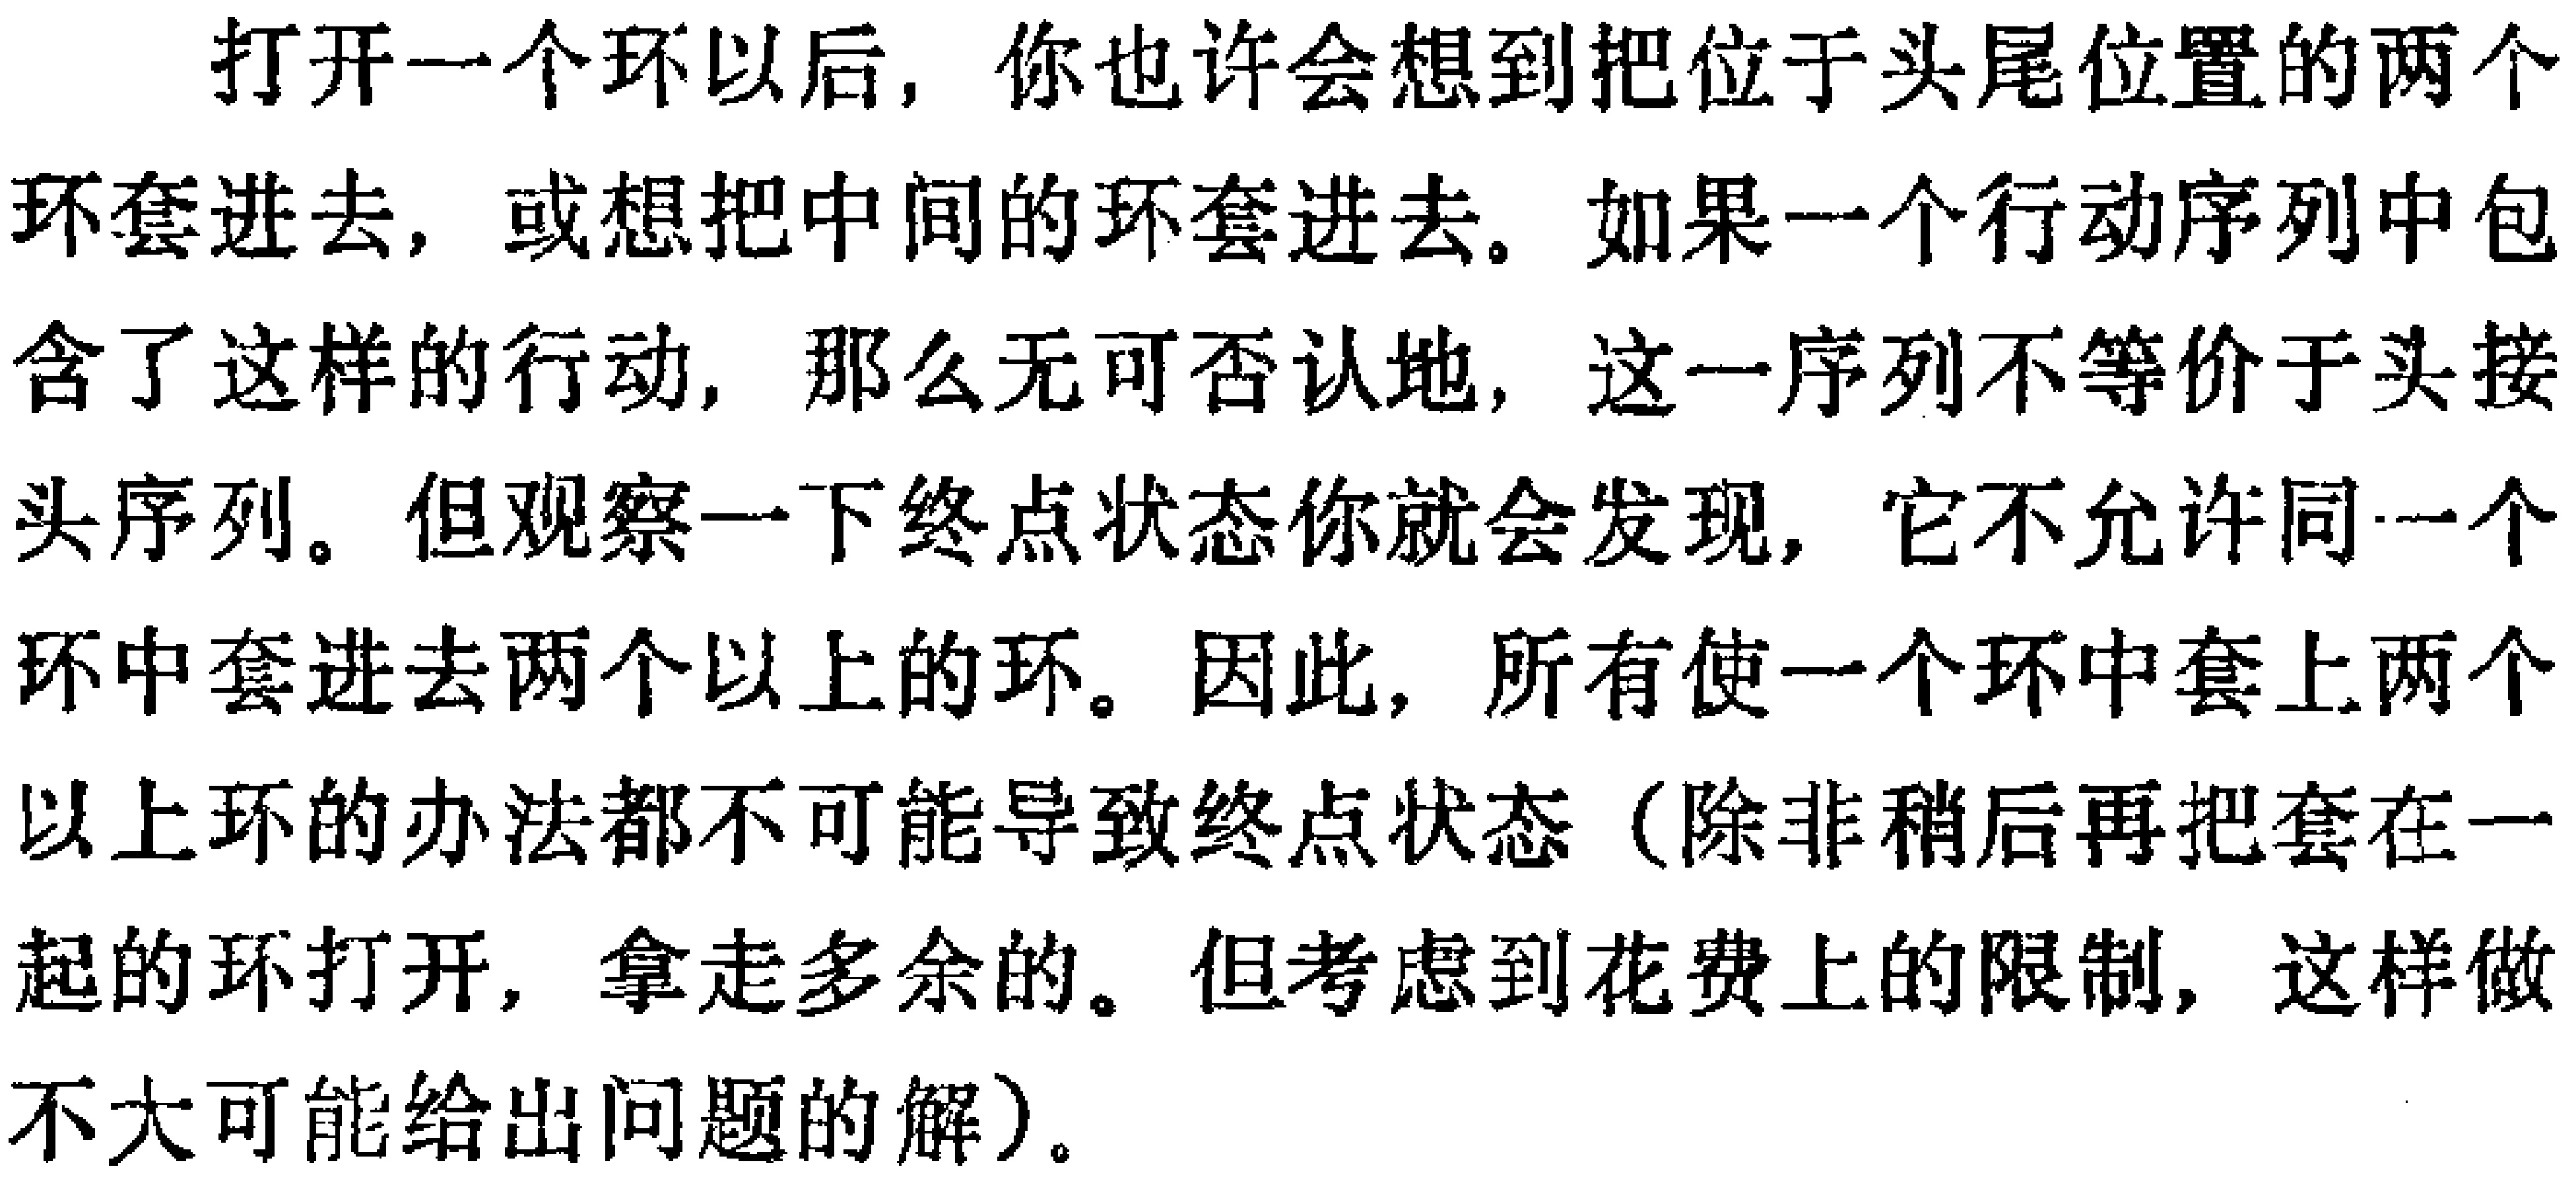
打开一个环以后，你也许会想到把位于头尾位置的两个环套进去，或想把中间的环套进去。如果一个行动序列中包含了这样的行动，那么无可否认地，这一序列不等价于头接头序列。但观察一下终点状态你就会发现，它不允许同一个环中套进去两个以上的环。因此，所有使一个环中套上两个以上环的办法都不可能导致终点状态（除非稍后再把套在一起的环打开，拿走多余的。但考虑到花费上的限制，这样做不大可能给出问题的解）。